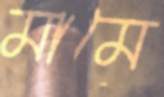
মামে